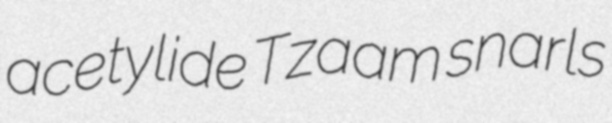
acetylide Tzaam snarls